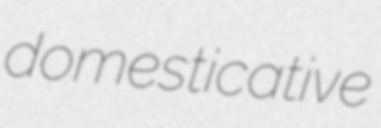
domesticative